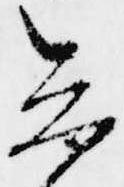
参